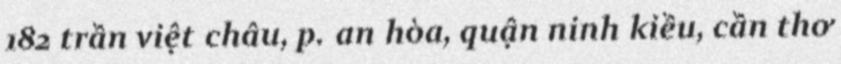
182 trần việt châu, p. an hòa, quận ninh kiều, cần thơ